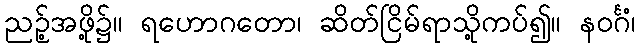
ညဉ့်အဖို့၌။ ရဟောဂတော၊ ဆိတ်ငြိမ်ရာသို့ကပ်၍။ နဝင်္ဂံ၊